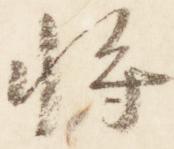
将